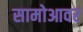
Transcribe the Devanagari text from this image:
सामोआवर